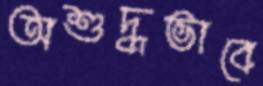
অশুদ্ধভাবে